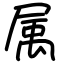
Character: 属